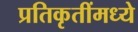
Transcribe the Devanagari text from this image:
प्रतिकृतींमध्ये